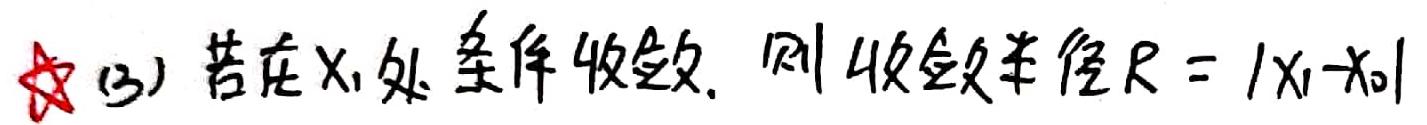
(3) 若在$x_1$处条件收敛，则收敛半径$R = |x_1 - x_0|$